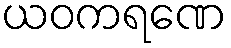
ယဝကရဏေ